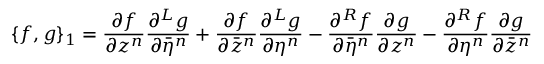
\{ f , g \} _ { 1 } = \frac { \partial f } { \partial z ^ { n } } \frac { \partial ^ { L } g } { \partial { \bar { \eta } } ^ { n } } + \frac { \partial f } { \partial { \bar { z } } ^ { n } } \frac { \partial ^ { L } g } { \partial \eta ^ { n } } - \frac { \partial ^ { R } f } { \partial { \bar { \eta } } ^ { n } } \frac { \partial g } { \partial z ^ { n } } - \frac { \partial ^ { R } f } { \partial \eta ^ { n } } \frac { \partial g } { \partial { \bar { z } } ^ { n } }